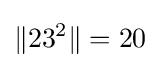
\|23^{2}\|=20